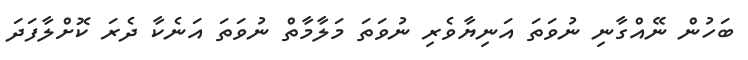
ބަހުން ނޭއްގާނި ނުވަތަ އަނިޔާވެރި ނުވަތަ މަލާމާތް ނުވަތަ އަނެކާ ދެރަ ކޮށްލާފަދަ